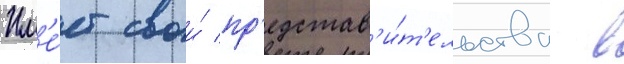
Им'е́ет свои́ пр'едстав'и́т'ельства в